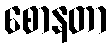
စောနတာ